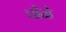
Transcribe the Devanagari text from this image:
घोळे